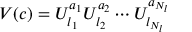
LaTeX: V ( c ) = U _ { l _ { 1 } } ^ { a _ { 1 } } U _ { l _ { 2 } } ^ { a _ { 2 } } \cdots U _ { l _ { N _ { l } } } ^ { a _ { N _ { l } } }